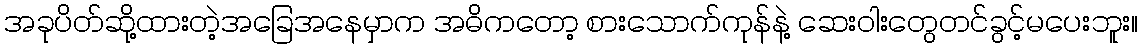
အခုပိတ်ဆို့ထားတဲ့အခြေအနေမှာက အဓိကတော့ စားသောက်ကုန်နဲ့ ဆေးဝါးတွေတင်ခွင့်မပေးဘူး။